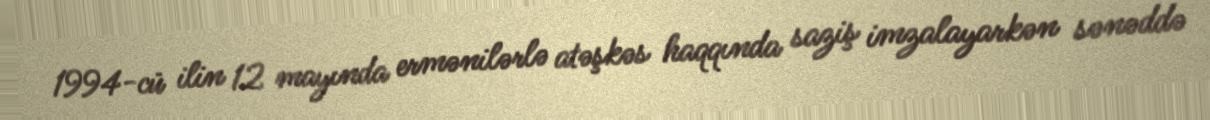
1994-cü ilin 12 mayında ermənilərlə atəşkəs haqqında saziş imzalayarkən sənəddə